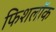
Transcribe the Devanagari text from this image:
फिशलॉक